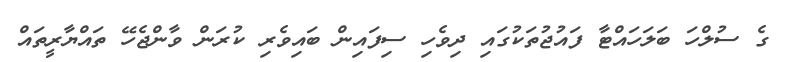
ގެ ސުލްހަ ބަލަހައްޓާ ފައުޖުތަކުގައި ދިވެހި ސިފައިން ބައިވެރި ކުރަން ވާންޖެހޭ ތައްޔާރީތައް